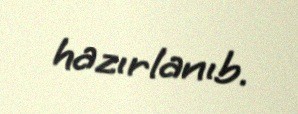
hazırlanıb.